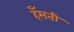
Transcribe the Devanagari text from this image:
हँसती